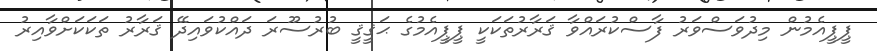
ޕީޕީއެމުން މިދުވަސްވަރު ފާސްކުރައްވާ ޤަރާރުތަކަކީ ޕީޕީއެމުގެ ޙަޤީޤީ ބުރުސޫރަ ދައްކުވައިދޭ ޤަރާރު ތަކަކަށްވާއިރު